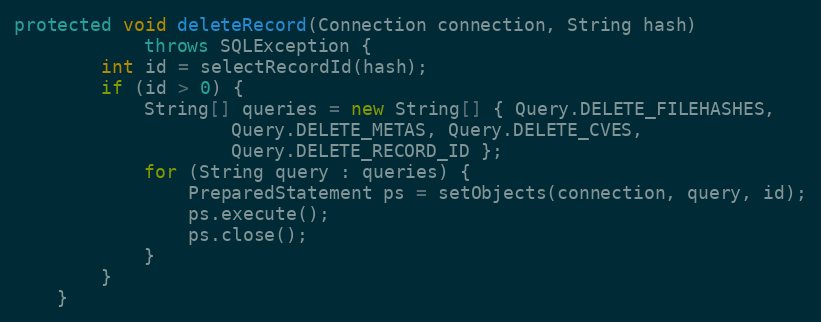
Language: Java
protected void deleteRecord(Connection connection, String hash)
            throws SQLException {
        int id = selectRecordId(hash);
        if (id > 0) {
            String[] queries = new String[] { Query.DELETE_FILEHASHES,
                    Query.DELETE_METAS, Query.DELETE_CVES,
                    Query.DELETE_RECORD_ID };
            for (String query : queries) {
                PreparedStatement ps = setObjects(connection, query, id);
                ps.execute();
                ps.close();
            }
        }
    }